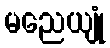
မညေယျုံ